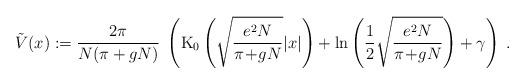
LaTeX: \begin{align*}\tilde{V}(x) := \frac{2\pi}{N(\pi + gN)} \;\left(\mbox{K}_0\left(\sqrt{\frac{e^2 N}{\pi\!+\!gN}} |x|\right)+ \ln\left(\frac{1}{2} \sqrt{\frac{e^2 N}{\pi\!+\!gN}}\right)+\gamma\right) \; .\end{align*}